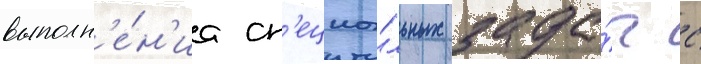
выполн'е́н'иа сп'ециа́льных зада́ч с